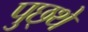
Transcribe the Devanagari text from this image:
पुछ्थे